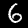
Label: 6